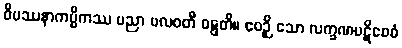
ဝိပဿနာကမ္မိကဿ ပညာ ဗလဝတီ ဝဋ္ဋတိ။ ဧဝဉှိ သော လက္ခဏပဋိဝေဓံ